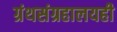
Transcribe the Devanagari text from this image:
ग्रंथसंग्रहालयही